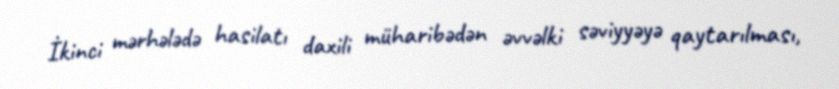
İkinci mərhələdə hasilatı daxili müharibədən əvvəlki səviyyəyə qaytarılması,